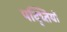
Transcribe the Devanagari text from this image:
पद्ध्तियों